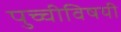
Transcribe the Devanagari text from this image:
पुच्चीविषयी